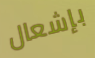
بإشعال